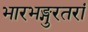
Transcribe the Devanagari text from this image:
भारभङ्गुरतरां